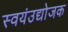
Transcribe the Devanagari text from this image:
स्वयंउद्योजक